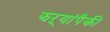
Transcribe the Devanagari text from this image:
झऱ्यांपैकी